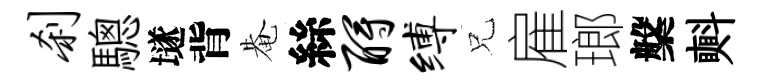
刹驄𡑞背𤲅絲酹缚兄雇瑯槃㪺